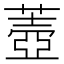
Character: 𦺟